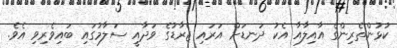
ކުޅުންތެރިންގެ އާއިލާއާ އެކު ދަނޑަށް އަރައި ޖެރާޑުގެ ވަދާއީ ސަލާމުގައި ބައިވެރިވި އެވެ.